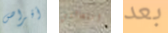
أقراص استقالتي بعد